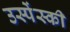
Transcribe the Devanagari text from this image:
उस्पेंस्की